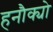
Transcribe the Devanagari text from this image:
हनौक्यो